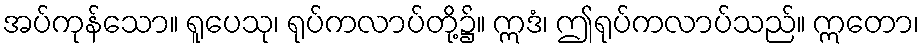
အပ်ကုန်သော။ ရူပေသု၊ ရုပ်ကလာပ်တို့၌။ ဣဒံ၊ ဤရုပ်ကလာပ်သည်။ ဣတော၊